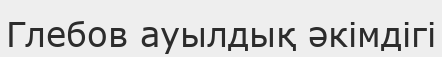
Глебов ауылдық әкімдігі